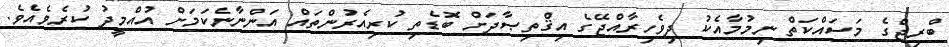
ބްރިޖްގެ މަސައްކަތް ނިމުމާއެކު ދިވެހިރާއްޖޭގެ އިޤްތިޞާދަށް ބޮޑެތި ކުރިއެރުންތައް އަންނާނެކަމަށް އުއްމީދު ކުރެވެއެވެ.